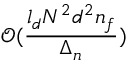
\mathcal { O } ( \frac { l _ { d } N ^ { 2 } d ^ { 2 } n _ { f } } { \Delta _ { n } } )